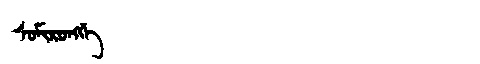
Manchu: ᠰᠣᠮᡳᡵᠣᠩᡤᡝ
Romanization: SOMIRONGGE